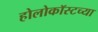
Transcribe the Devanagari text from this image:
होलोकॉस्टच्या